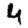
Digit: 4